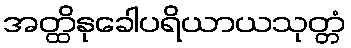
အတ္ထိနုခေါပရိယာယသုတ္တံ